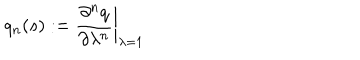
q _ { n } ( s ) : = { \frac { \partial ^ { n } q } { \partial \lambda ^ { n } } } \biggr \vert _ { \lambda = 1 }